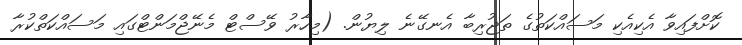
ކޮށްފައިވާ އެކިއެކި މަސައްކަތުގެ ތަޖުރިބާ އެނގޭނެ ލިޔުން. (މިހާރު ވޭސްޓް މެނޭޖްމަންޓްގައި މަސައްކަތްކުރާ